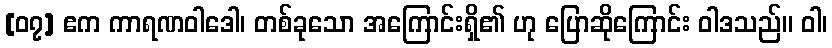
[၀၇] ဧက ကာရဏဝါဒေါ၊ တစ်ခုသော အကြောင်းရှိ၏ ဟု ပြောဆိုကြောင်း ဝါဒသည်။ ဝါ၊